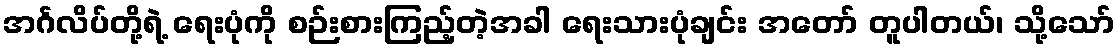
အင်္ဂလိပ်တို့ရဲ့ ရေးပုံကို စဉ်းစားကြည့်တဲ့အခါ ရေးသားပုံချင်း အတော် တူပါတယ်၊ သို့သော်